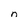
Character: n